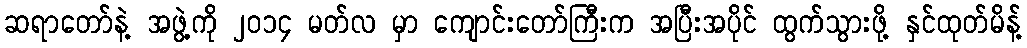
ဆရာတော်နဲ့ အဖွဲ့ကို ၂၀၁၄ မတ်လ မှာ ကျောင်းတော်ကြီးက အပြီးအပိုင် ထွက်သွားဖို့ နှင်ထုတ်မိန့်